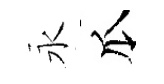
永瓜